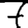
Digit: 7